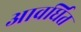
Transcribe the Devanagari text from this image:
आवर्घित